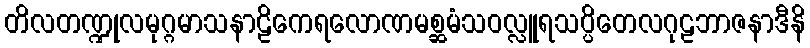
တိလတဏ္ဍုလမုဂ္ဂမာသနာဠိကေရလောဏမစ္ဆမံသဝလ္လူရသပ္ပိတေလဂုဠဘာဇနာဒီနိ